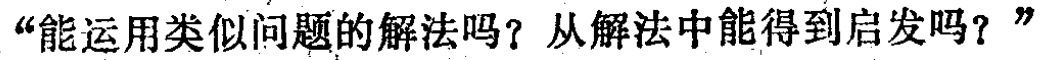
“能运用类似问题的解法吗？从解法中能得到启发吗？”